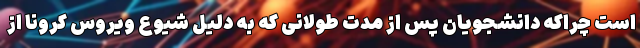
است چراکه دانشجویان پس از مدت طولانی که به دلیل شیوع ویروس کرونا از